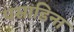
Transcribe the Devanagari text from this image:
पसाडिना